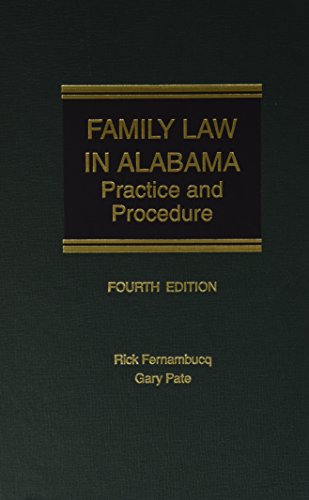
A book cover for Family Law in Alabama: Practice and Procedure; Gary Pate; Law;